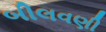
બીલવણી